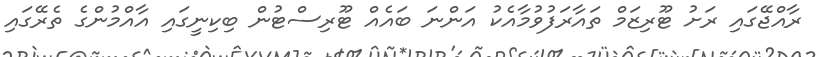
ރާއްޖޭގައި ރަށު ޓޫރިޒަމް ތައާރަފުވުމާއެކު އަންނަ ބައެއް ޓޫރިސްޓުން ބިކިނީގައި އާއްމުންގެ ތެރޭގައި